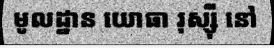
មូលដ្ឋាន យោធា រុស្ស៊ី នៅ